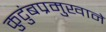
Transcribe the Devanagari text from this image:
कुटुंबप्रमुखाने